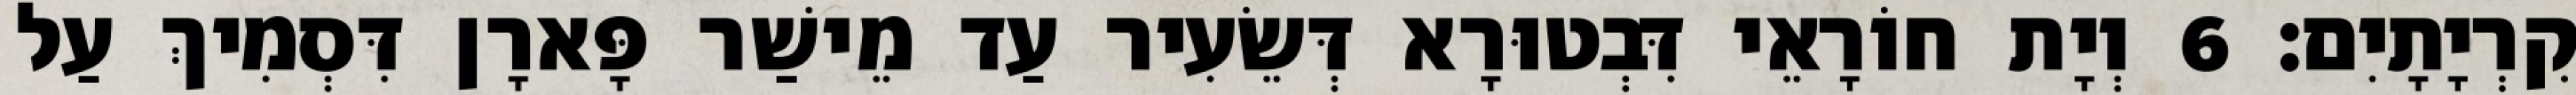
קִרְיָתָיִם׃ 6 וְיָת חוֹרָאֵי דִּבְטוּרָא דְּשֵׂעִיר עַד מֵישַׁר פָּארָן דִּסְמִיךְ עַל